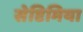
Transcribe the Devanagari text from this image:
सेप्टिमिया